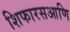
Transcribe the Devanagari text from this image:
शिफारसआणि